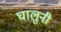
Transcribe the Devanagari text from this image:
घालुनी